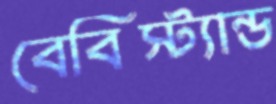
বেবিস্ট্যান্ড